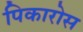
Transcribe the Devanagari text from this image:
पिकारोस